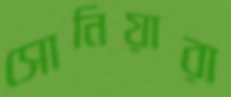
সোনিয়ারা